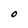
Character: O